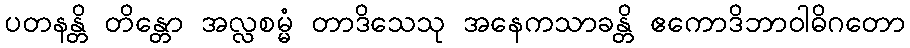
ပတနန္တိ တိန္တော အလ္လစမ္မံ တာဒိသေသု အနေကသာခန္တိ ဧကောဒိဘာဝါဓိဂတော